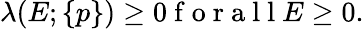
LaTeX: \begin{array}{r}{\lambda(E;\{ p\} )\ge 0\mathrm{~f~o~r~a~l~l~}E\ge 0.}\end{array}